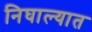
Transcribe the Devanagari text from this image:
निघाल्यात